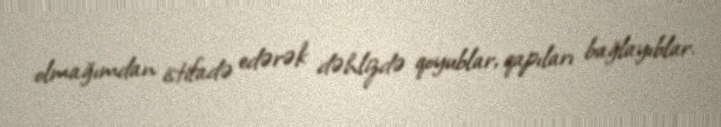
olmağımdan istifadə edərək dəhlizdə qoyublar, qapıları bağlayıblar.